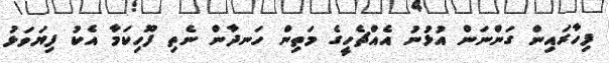
ފިހާރައިން ގަންނަން އުޅުނު އެއްޗެހީގެ މަތިން ހަނދާން ނެތި ފޫހިކަމާ އެކު ފިޔަވަޅު